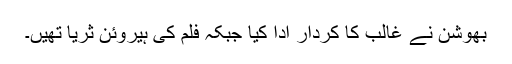
بھوشن نے غالب کا کردار ادا کیا جبکہ فلم کی ہیروئن ثریا تھیں۔